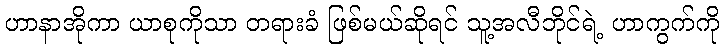
ဟာနာအိုကာ ယာစုကိုသာ တရားခံ ဖြစ်မယ်ဆိုရင် သူ့အလီဘိုင်ရဲ့ ဟာကွက်ကို